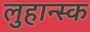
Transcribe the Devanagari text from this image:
लुहान्स्क